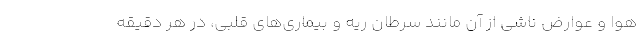
هوا و عوارض ناشی از آن مانند سرطان ریه و بیماری‌های قلبی، در هر دقیقه